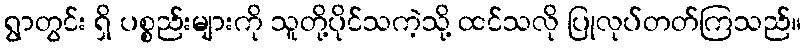
ရွာတွင်း ရှိ ပစ္စည်းများကို သူတို့ပိုင်သကဲ့သို့ ထင်သလို ပြုလုပ်တတ်ကြသည်။